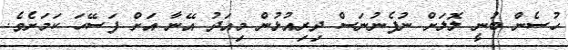
ހުސެން ބުނީ ލޮލަށް ނުފެނުނަސް ދިރިއުޅުން މިއަދު އޭނާ އަށް ފަސޭހަ ކަމަށެވެ.